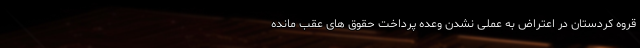
قروه کردستان در اعتراض به عملی نشدن وعده پرداخت حقوق های عقب مانده